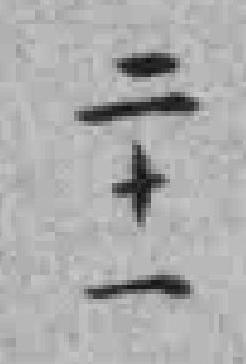
二十一